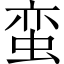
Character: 蛮